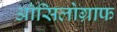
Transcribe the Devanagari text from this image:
ऑसिलोग्राफ